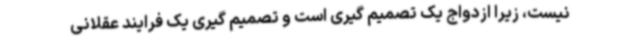
نیست، زیرا ازدواج یک تصمیم گیری است و تصمیم گیری یک فرایند عقلانی